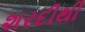
શરદીથી